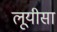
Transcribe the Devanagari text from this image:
लूयीसा